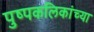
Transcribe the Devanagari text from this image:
पुष्पकलिकांच्या